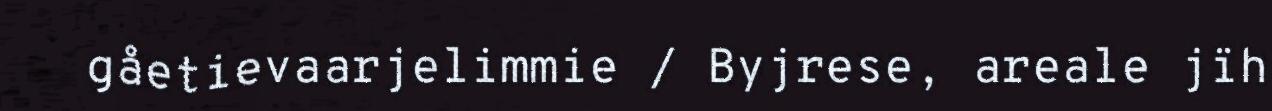
gåetievaarjelimmie / Byjrese, areale jïh